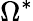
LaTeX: \Omega^{*}